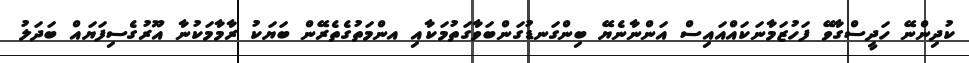
ކުދިންނޭ ހަދީސްގާވޭ ފަހުޒަމާނަކައްއައިސް އަންނާނެޔޭ ބިންގަނޑުގަންބަވާގަތުމަކާއި އންމަތުގެތެރޭން ބަޔަކު ރާމާމަކުނާ އޫރުގެސިފަޔައް ބަދަލު